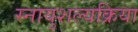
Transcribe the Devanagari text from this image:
स्नायुशल्यक्रिया